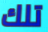
تلك